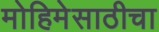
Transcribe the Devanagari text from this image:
मोहिमेसाठीचा